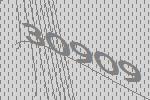
30909